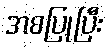
အစပြုပြီး